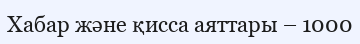
Хабар және қисса аяттары – 1000